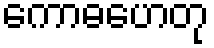
ကောဓဟေတု